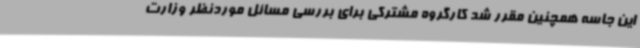
این جاسه همچنین مقرر شد کارگروه مشترکی برای بررسی مسائل موردنظر وزارت